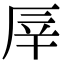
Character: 厗